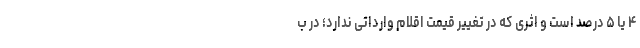
۴ یا ۵ درصد است و اثری که در تغییر قیمت اقلام وارداتی ندارد؛ در ب